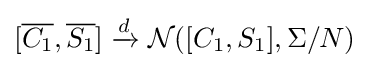
[{\overline {C_{1}}},{\overline {S_{1}}}]\xrightarrow {d} {\mathcal {N}}([C_{1},S_{1}],\Sigma /N)